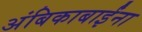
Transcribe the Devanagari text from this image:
अंबिकाबाईंना